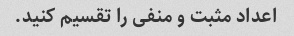
اعداد مثبت و منفی را تقسیم کنید.